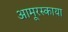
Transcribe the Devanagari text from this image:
आमूरस्काया